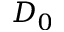
D _ { 0 }